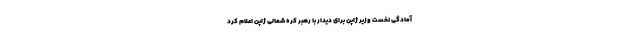
آمادگی نخست ‌وزیر ژاپن برای دیدار با رهبر کره‌ شمالی ژاپن اعلام کرد